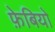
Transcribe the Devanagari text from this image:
फ़ेबियो